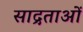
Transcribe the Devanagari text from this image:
साद्रताओं